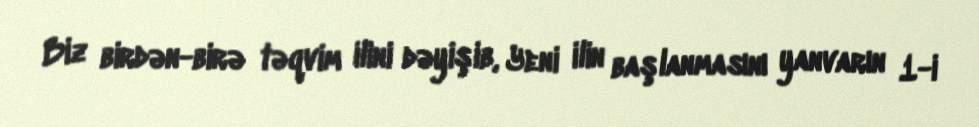
Biz birdən-birə təqvim ilini dəyişib, Yeni ilin başlanmasını yanvarın 1-i